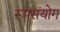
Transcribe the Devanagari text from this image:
रूपसंयोग